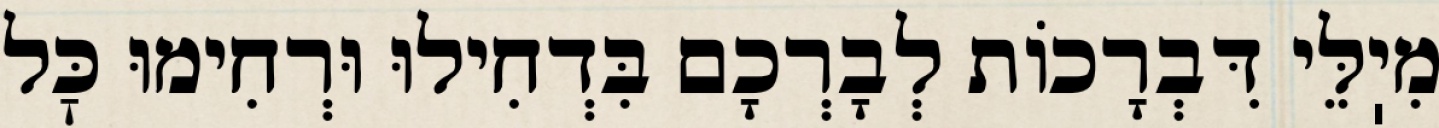
מִיֽלֵּי דִּבְרָכוֹת לְבָרְכָם בִּדְחִילוּ וּרְחִימוּ כׇּל